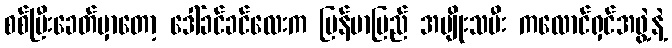
စစ်ပြီးခေတ်မှာတော့ ဒေါ်ခင်ခင်လေးက မြန်မာပြည် အမျိုးသမီး ကလောင်ရှင်အဖွဲ့နဲ့